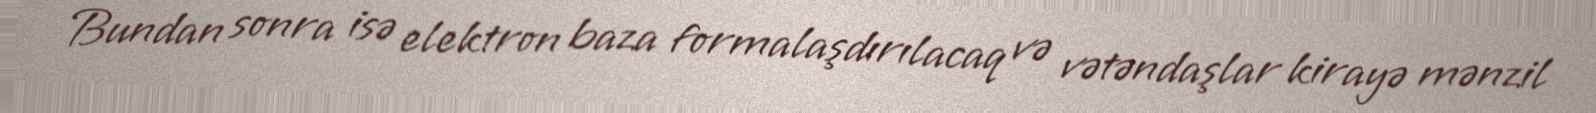
Bundan sonra isə elektron baza formalaşdırılacaq və vətəndaşlar kirayə mənzil